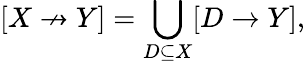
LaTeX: [X\not\to Y]=\bigcup_{D\subseteq{X}}[D\to Y],